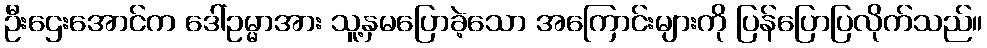
ဦးဌေးအောင်က ဒေါ်ဥမ္မာအား သူ့နှမပြောခဲ့သော အကြောင်းများကို ပြန်ပြောပြလိုက်သည်။